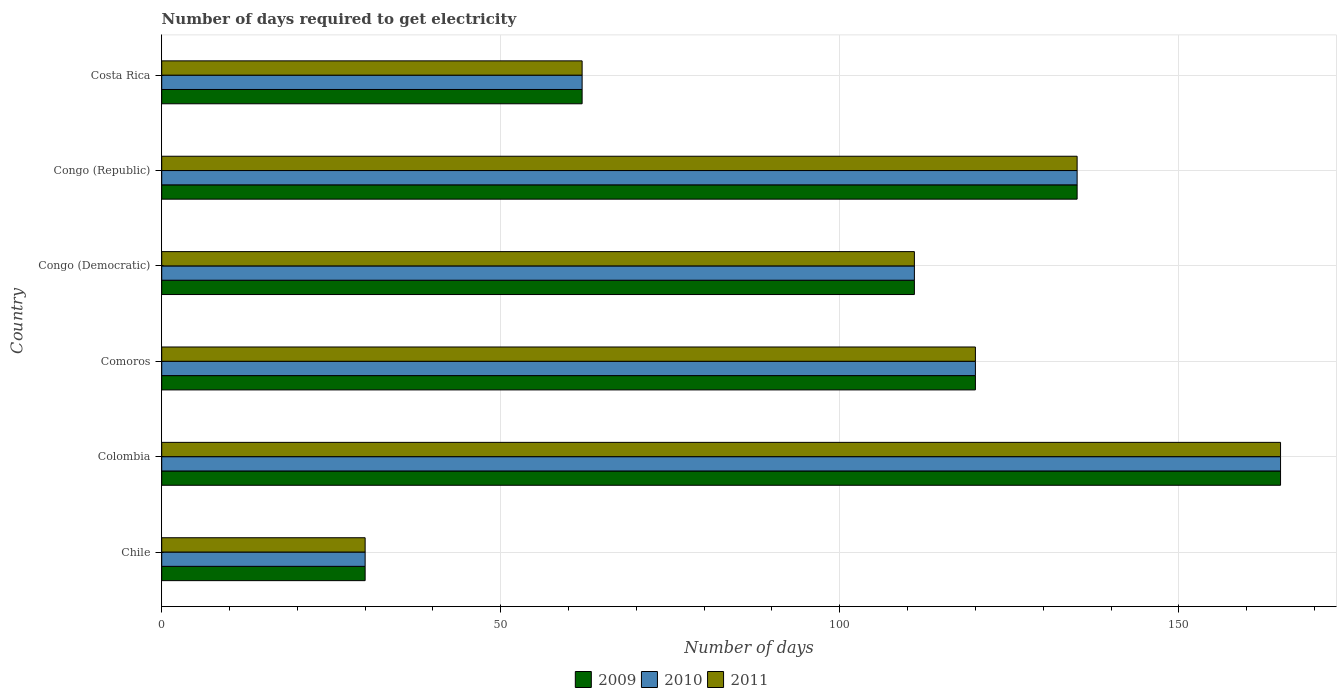
| Country | 2009 | 2010 | 2011 |
 | --- | --- | --- | --- |
 | Chile | 30 | 30 | 30 |
 | Colombia | 165 | 165 | 165 |
 | Comoros | 120 | 120 | 120 |
 | Congo (Democratic) | 111 | 111 | 111 |
 | Congo (Republic) | 135 | 135 | 135 |
 | Costa Rica | 62 | 62 | 62 |